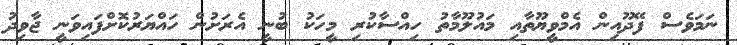
ނަމަވެސް ފޭދޫއިން އެމްވީޔޫތާއި މައުލޫމާތު ހިއްސާކުރި މީހަކު ބުނީ އެރަށުން ހައްޔަރުކޮށްފައިވަނީ ޖާވިދު